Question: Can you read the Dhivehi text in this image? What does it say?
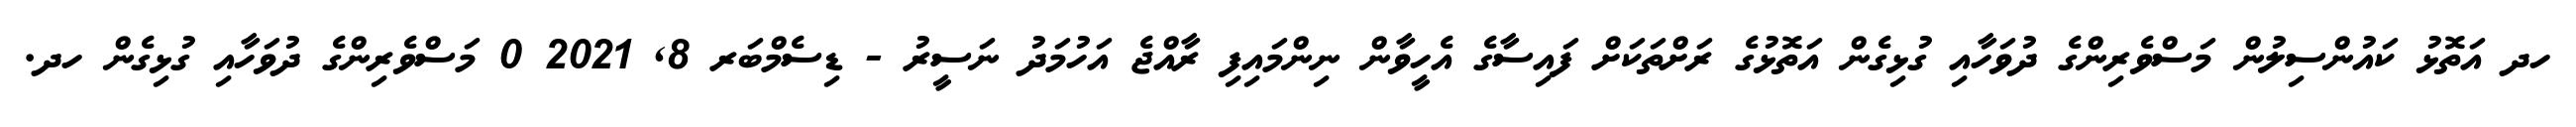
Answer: ހދ އަތޮޅު ކައުންސިލުން މަސްވެރިންގެ ދުވަހާއި ގުޅިގެން އަތޮޅުގެ ރަށްތަކަށް ފައިސާގެ އެހީވާން ނިންމައިފި ރާއްޖެ އަހުމަދު ނަސީރު - ޑިސެމްބަރ 8, 2021 0 މަސްވެރިންގެ ދުވަހާއި ގުޅިގެން ހދ.